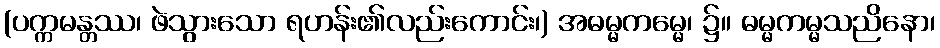
(ပက္ကမန္တဿ၊ ဖဲသွားသော ရဟန်း၏လည်းကောင်း၊) အဓမ္မကမ္မေ၊ ၌။ ဓမ္မကမ္မသညိနော၊